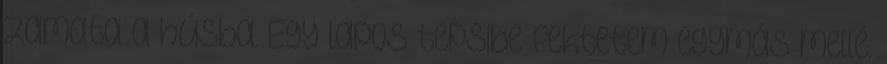
zamata a húsba. Egy lapos tepsibe fektetem egymás mellé.